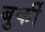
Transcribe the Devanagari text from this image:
बुर्की